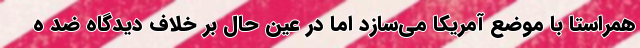
همراستا با موضع آمریکا می‌سازد اما در عین حال بر خلاف دیدگاه ضد ه